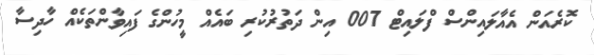
ކޮރެއަން އެއާލައިންސް ފްލައިޓް 007 އިން ދަތުރުކުރި ބައެއް މީހުންގެ ފައިވާންތަކެއް ހާދިސާ